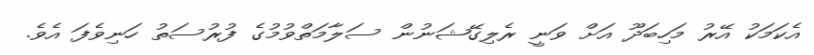
އެކަމަކު އޭރު މަހިބަދޫ އަށް ވަނީ ރެލިގޭޝަނުން ސަލާމަތްވުމުގެ ފުރުސަތު ހަނިވެފަ އެވެ.